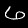
Digit: 6